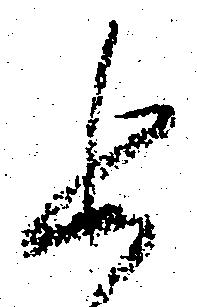
追